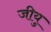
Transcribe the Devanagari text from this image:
जीयु